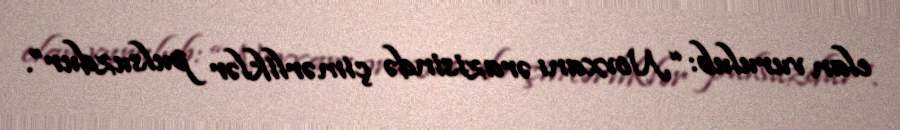
elan vurulub: “Novxanı ərazisində çimərliklər pulsuzdur”.